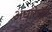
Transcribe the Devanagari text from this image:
अघारेघंट